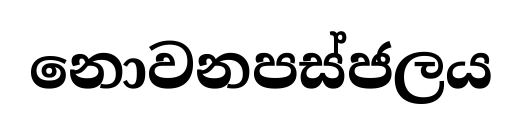
නොවනපස්ජලය